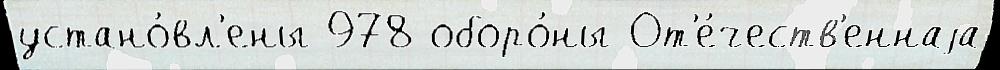
устано́вл'ены 978 оборо́ны От'е́честв'еннаjа